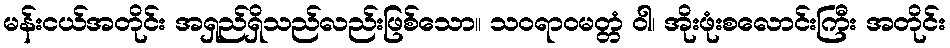
မန်းငယ်အတိုင်း အရှည်ရှိသည်လည်းဖြစ်သော။ သဝရာဝမတ္တံ ဝါ၊ အိုးဖုံးစလောင်းကြီး အတိုင်း